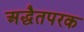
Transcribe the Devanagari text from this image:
अद्धैतपरक